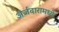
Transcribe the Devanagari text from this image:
अर्जदारामध्ये